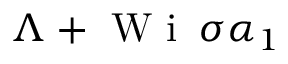
\Lambda + \mathrm { ~ W ~ i ~ } \, \sigma \alpha _ { 1 }